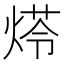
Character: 𤋶